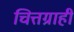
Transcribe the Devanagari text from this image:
चित्तग्राही